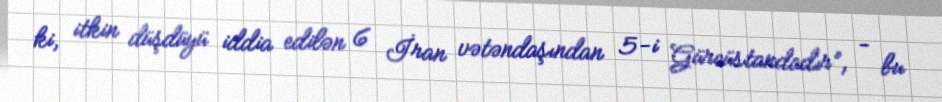
ki, itkin düşdüyü iddia edilən 6 İran vətəndaşından 5-i Gürcüstandadır”, - bu